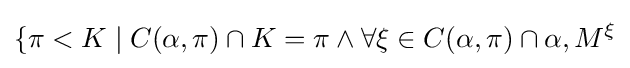
\{\pi <K\mid C(\alpha ,\pi )\cap K=\pi \land \forall \xi \in C(\alpha ,\pi )\cap \alpha ,M^{\xi }{\mathsf {}}